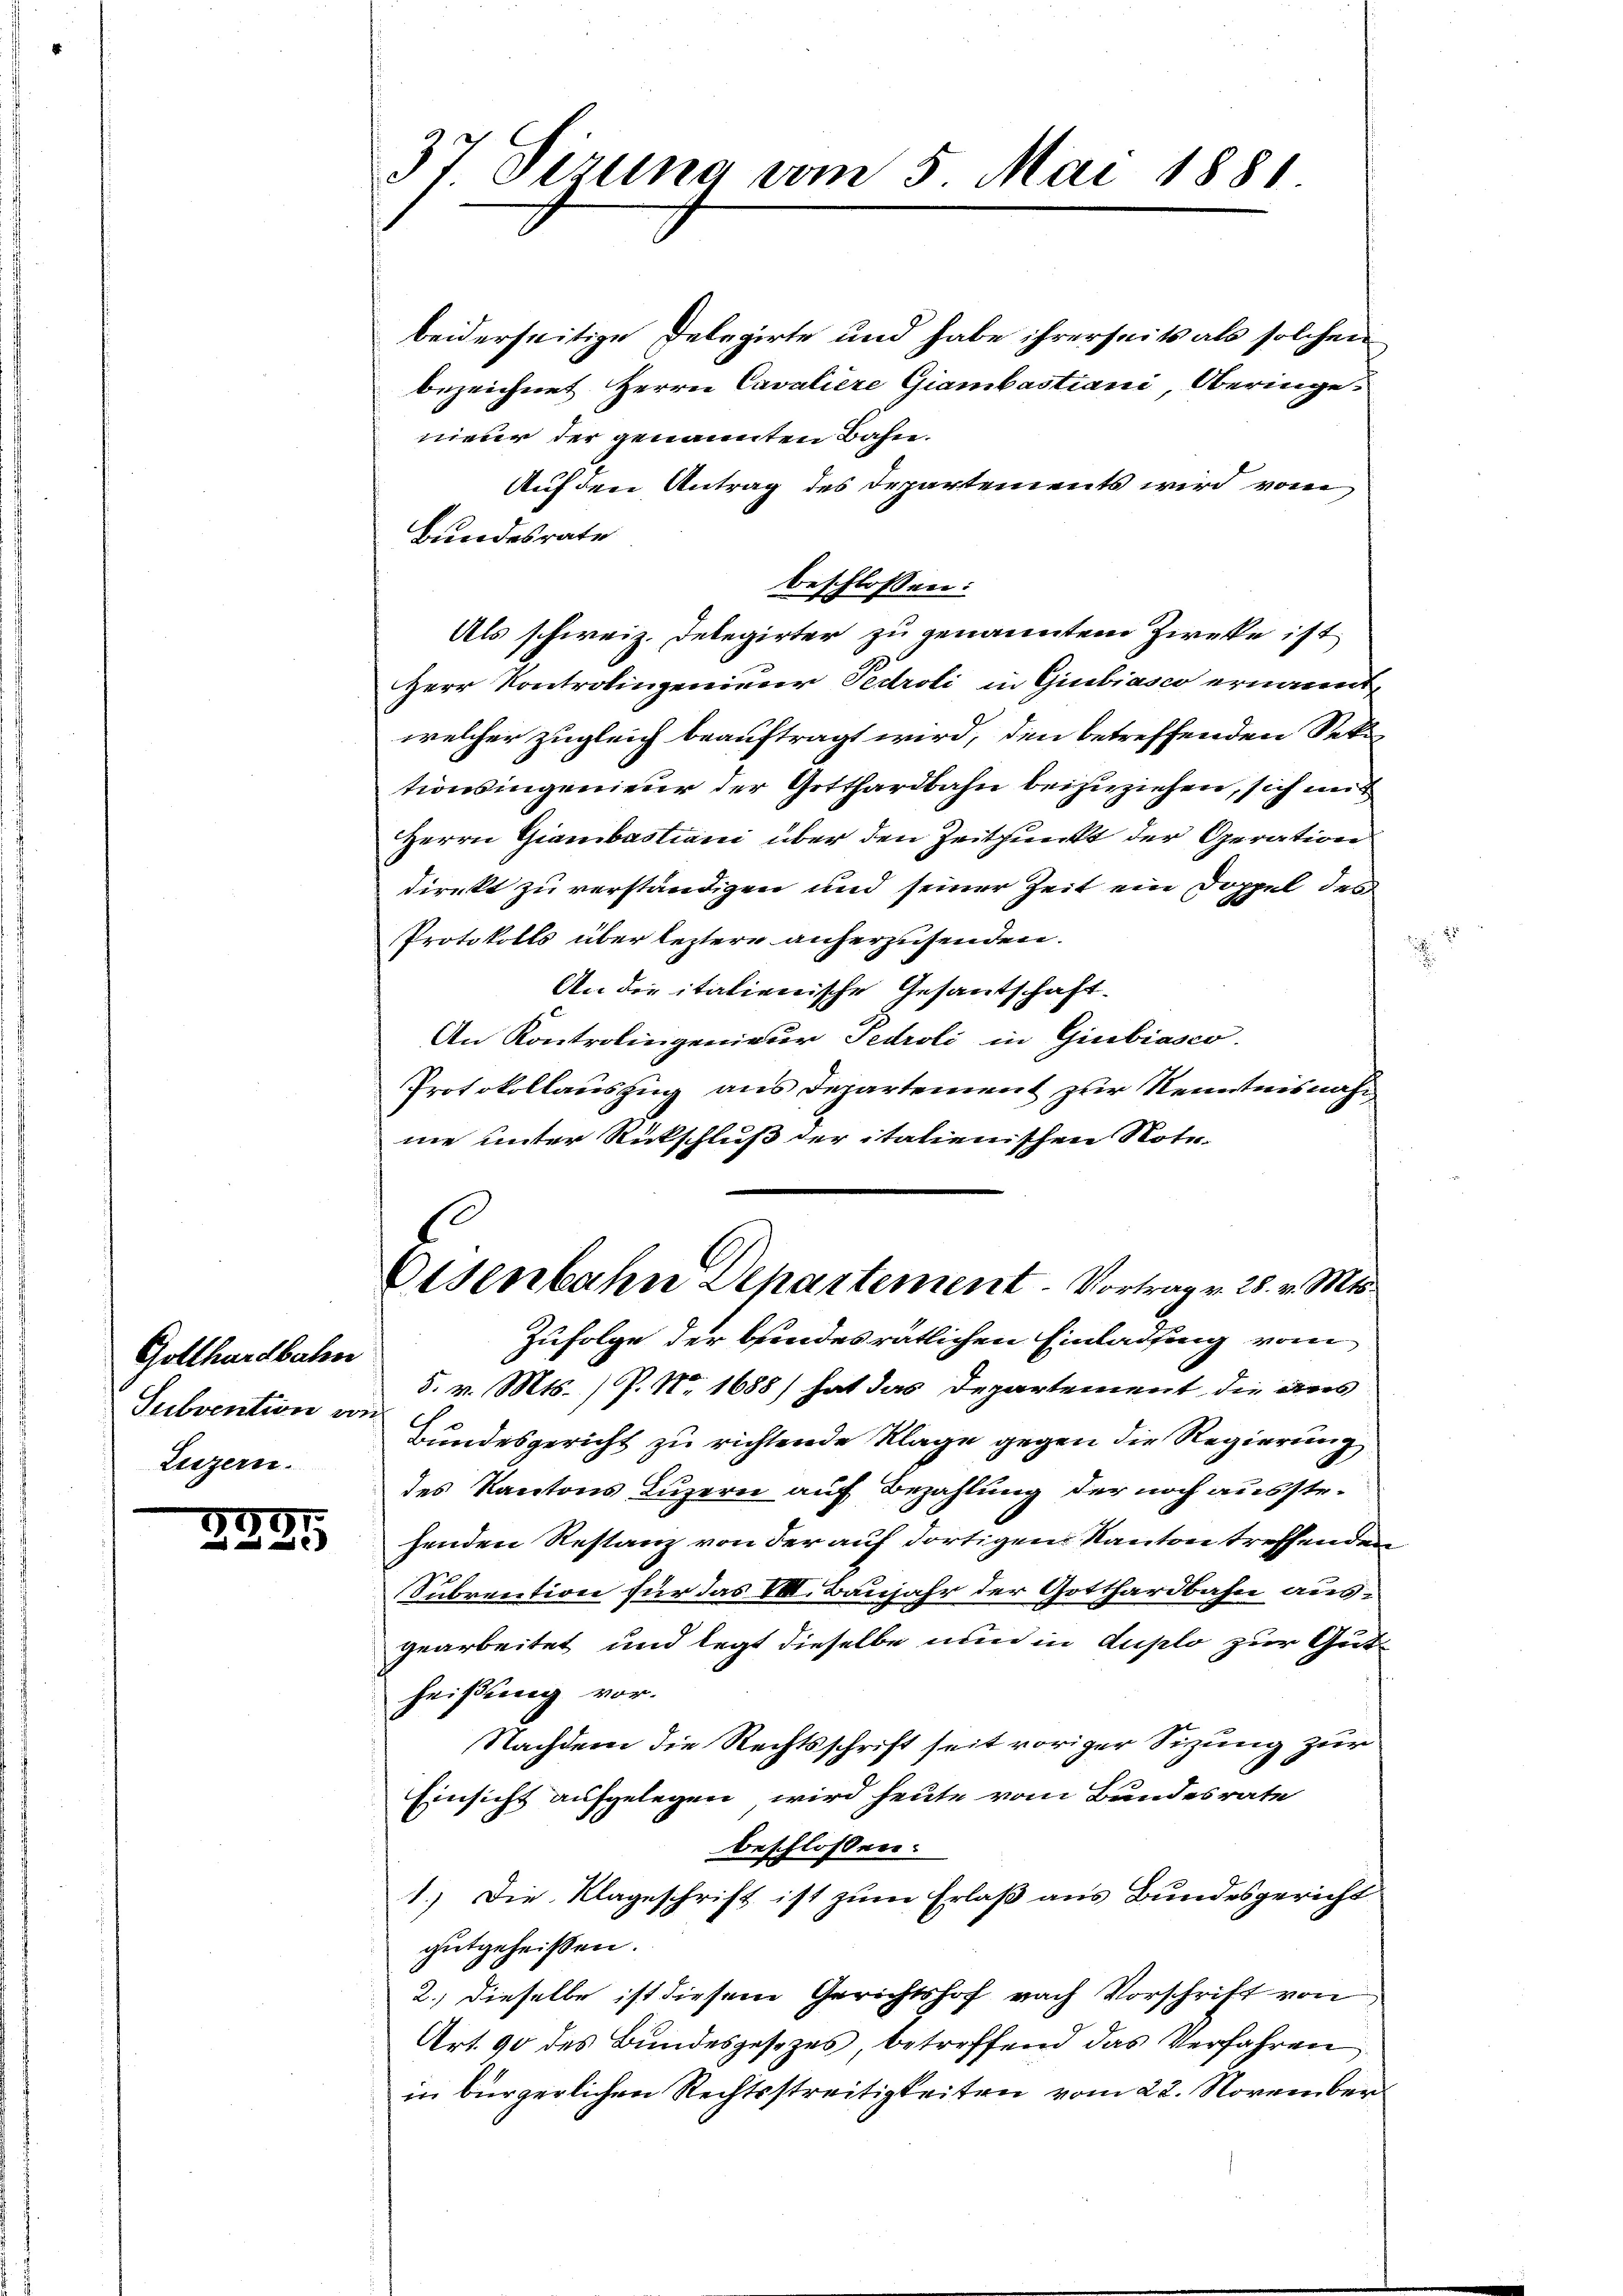
Gotthardbahn
Subvention vor
Luzern.

239

37 Sizung vom 5. Mai 1881

beiderseitige Delegirte und habe ihrerseits als solchen
bezeichnet Herrn Cavaliere Giambastiani Oberingenieur der genannten Bahn.
Auf den Antrag des Departements wird vom
Bundesrate
beschlossen:
Als schweiz. Delegirter zu genanntem Zwecke ist
Herr Kontrolingenieur Pedroli in Giubiasco ernannt,
welcher zugleich beauftragt wird, den betreffenden Sektionsingenieur der Gotthardbahn beizuziehen, sich mit
Herrn Giambastiani über den Zeitpunkt der Operation
direkt zu verständigen und seiner Zeit ein Doppel des
Protokolls über leztere anherzusenden.
An die italienische Gesandschaft.
An Kontrolingenieur Pedroli in Giubiasco.
Protokollauszug aus Departement zur Kenntnisnahne unter Rückschluß der italienischen Note-
Eisenbahn Departement - Vortrag v. 28. v. Mts.
Zufolge der beendesrätlichen Einladung vom
5. v. Mts. (P. Nr. 1688) hat das Departement die aus
Bundesgericht zu richtende Klage gegen die Regierung
des Kantons Luzern auf Bezahlung der noch ausstehenden Restanz von der auf dortigen Kanton treffenden
Subrention für das VIII. Baujahr der Gotthardbahn ausgearbeitet und legt dieselbe nun in duplo zur Gutheißung vor.
Nachdem die Rechtsschrift seit voriger Sitzung zur
Einsicht aufgelegen, wird heute vom Bundesrate
beschlossen:
1.) Die Klageschrift ist zum Erlaß aus Bundesgericht
gutgeheißen.
2.) dieselbe ist diesem Gerichtshof nach Vorschrift von
Art. 90 des Bundesgesezes betreffend das Verfahren
in bürgerlichen Rechtsstreitigkeiten vom 22. November

1